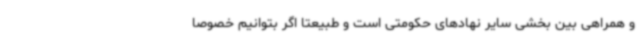
و همراهی بین بخشی سایر نهادهای حکومتی است و طبیعتاً اگر بتوانیم خصوصا